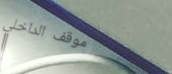
موقف الداخلي